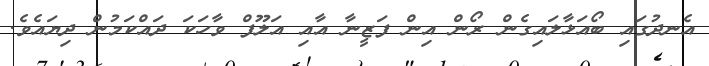
އެނދުގައި ބޯއަޅާލައިގެން ރޯން އިން ފަޒީނާ އާއި އަލޫފް ވާހަކަ ދައްކަމުން ދިޔައެވެ.